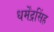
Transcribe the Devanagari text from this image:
धर्मेंद्रसिंह